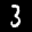
Label: 3